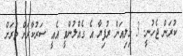
ކުރަން ޖެހުނީ. 3 މިލިއަން ރުފިޔާ އެ ގެއްލުންވީ އެއީ ސަރުކާރަށް ވަރަށް